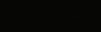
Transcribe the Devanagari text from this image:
भैरवजप